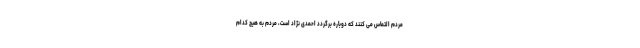
مردم التماس می کنند که دوباره برگردد احمدی نژاد است، مردم به هیچ کدام